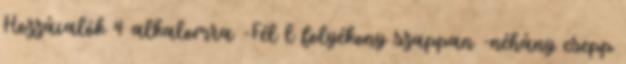
Hozzávalók 4 alkalomra -Fél l folyékony szappan -néhány csepp